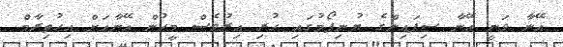
އޭނާ ވަނީ އޭނާ ސިފައިންގެ ޔުނިފޯމުގައި ހުރި އިރުވެސް މީހުން އޭނާއަށް އިހުތިރާމް